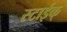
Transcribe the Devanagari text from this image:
स्टाईक्